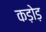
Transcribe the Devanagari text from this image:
कड़ोड़